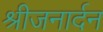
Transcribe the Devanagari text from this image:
श्रीजनार्दन